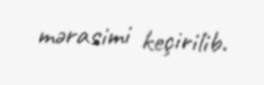
mərasimi keçirilib.